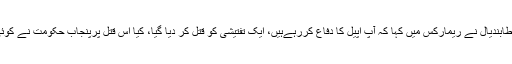
جسٹس عمرعطابندیال نے ریمارکس میں کہا کہ آپ اپیل کا دفاع کررہےہیں، ایک تفتیشی کو قتل کر دیا گیا، کیا اس قتل پرپنجاب حکومت نے کوئی شکایت کی۔